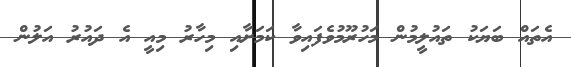
އެތައް ބަޔަކު ތައުލީމުން މަހުރޫމުވެފައިވާ ކަމަށާއި މިހާރު މިއީ އެ ދައުރު އަލުން